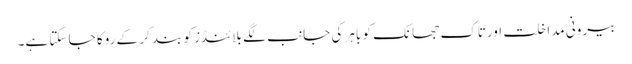
بیرونی مداخلت اورتاک جھانک کو باہر کی جانب لگے بلائنڈز کو بند کر کے روکا جا سکتا ہے۔